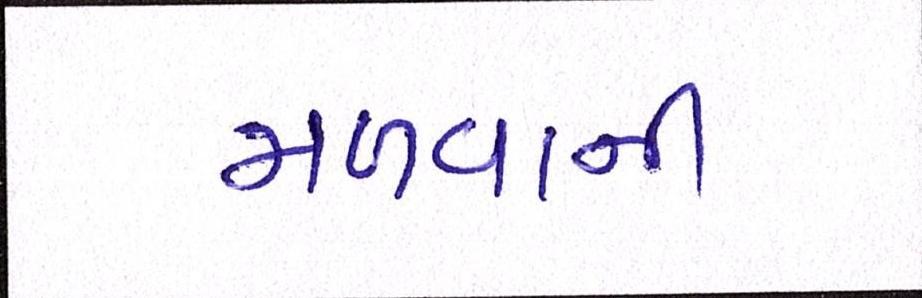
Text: મળવાની